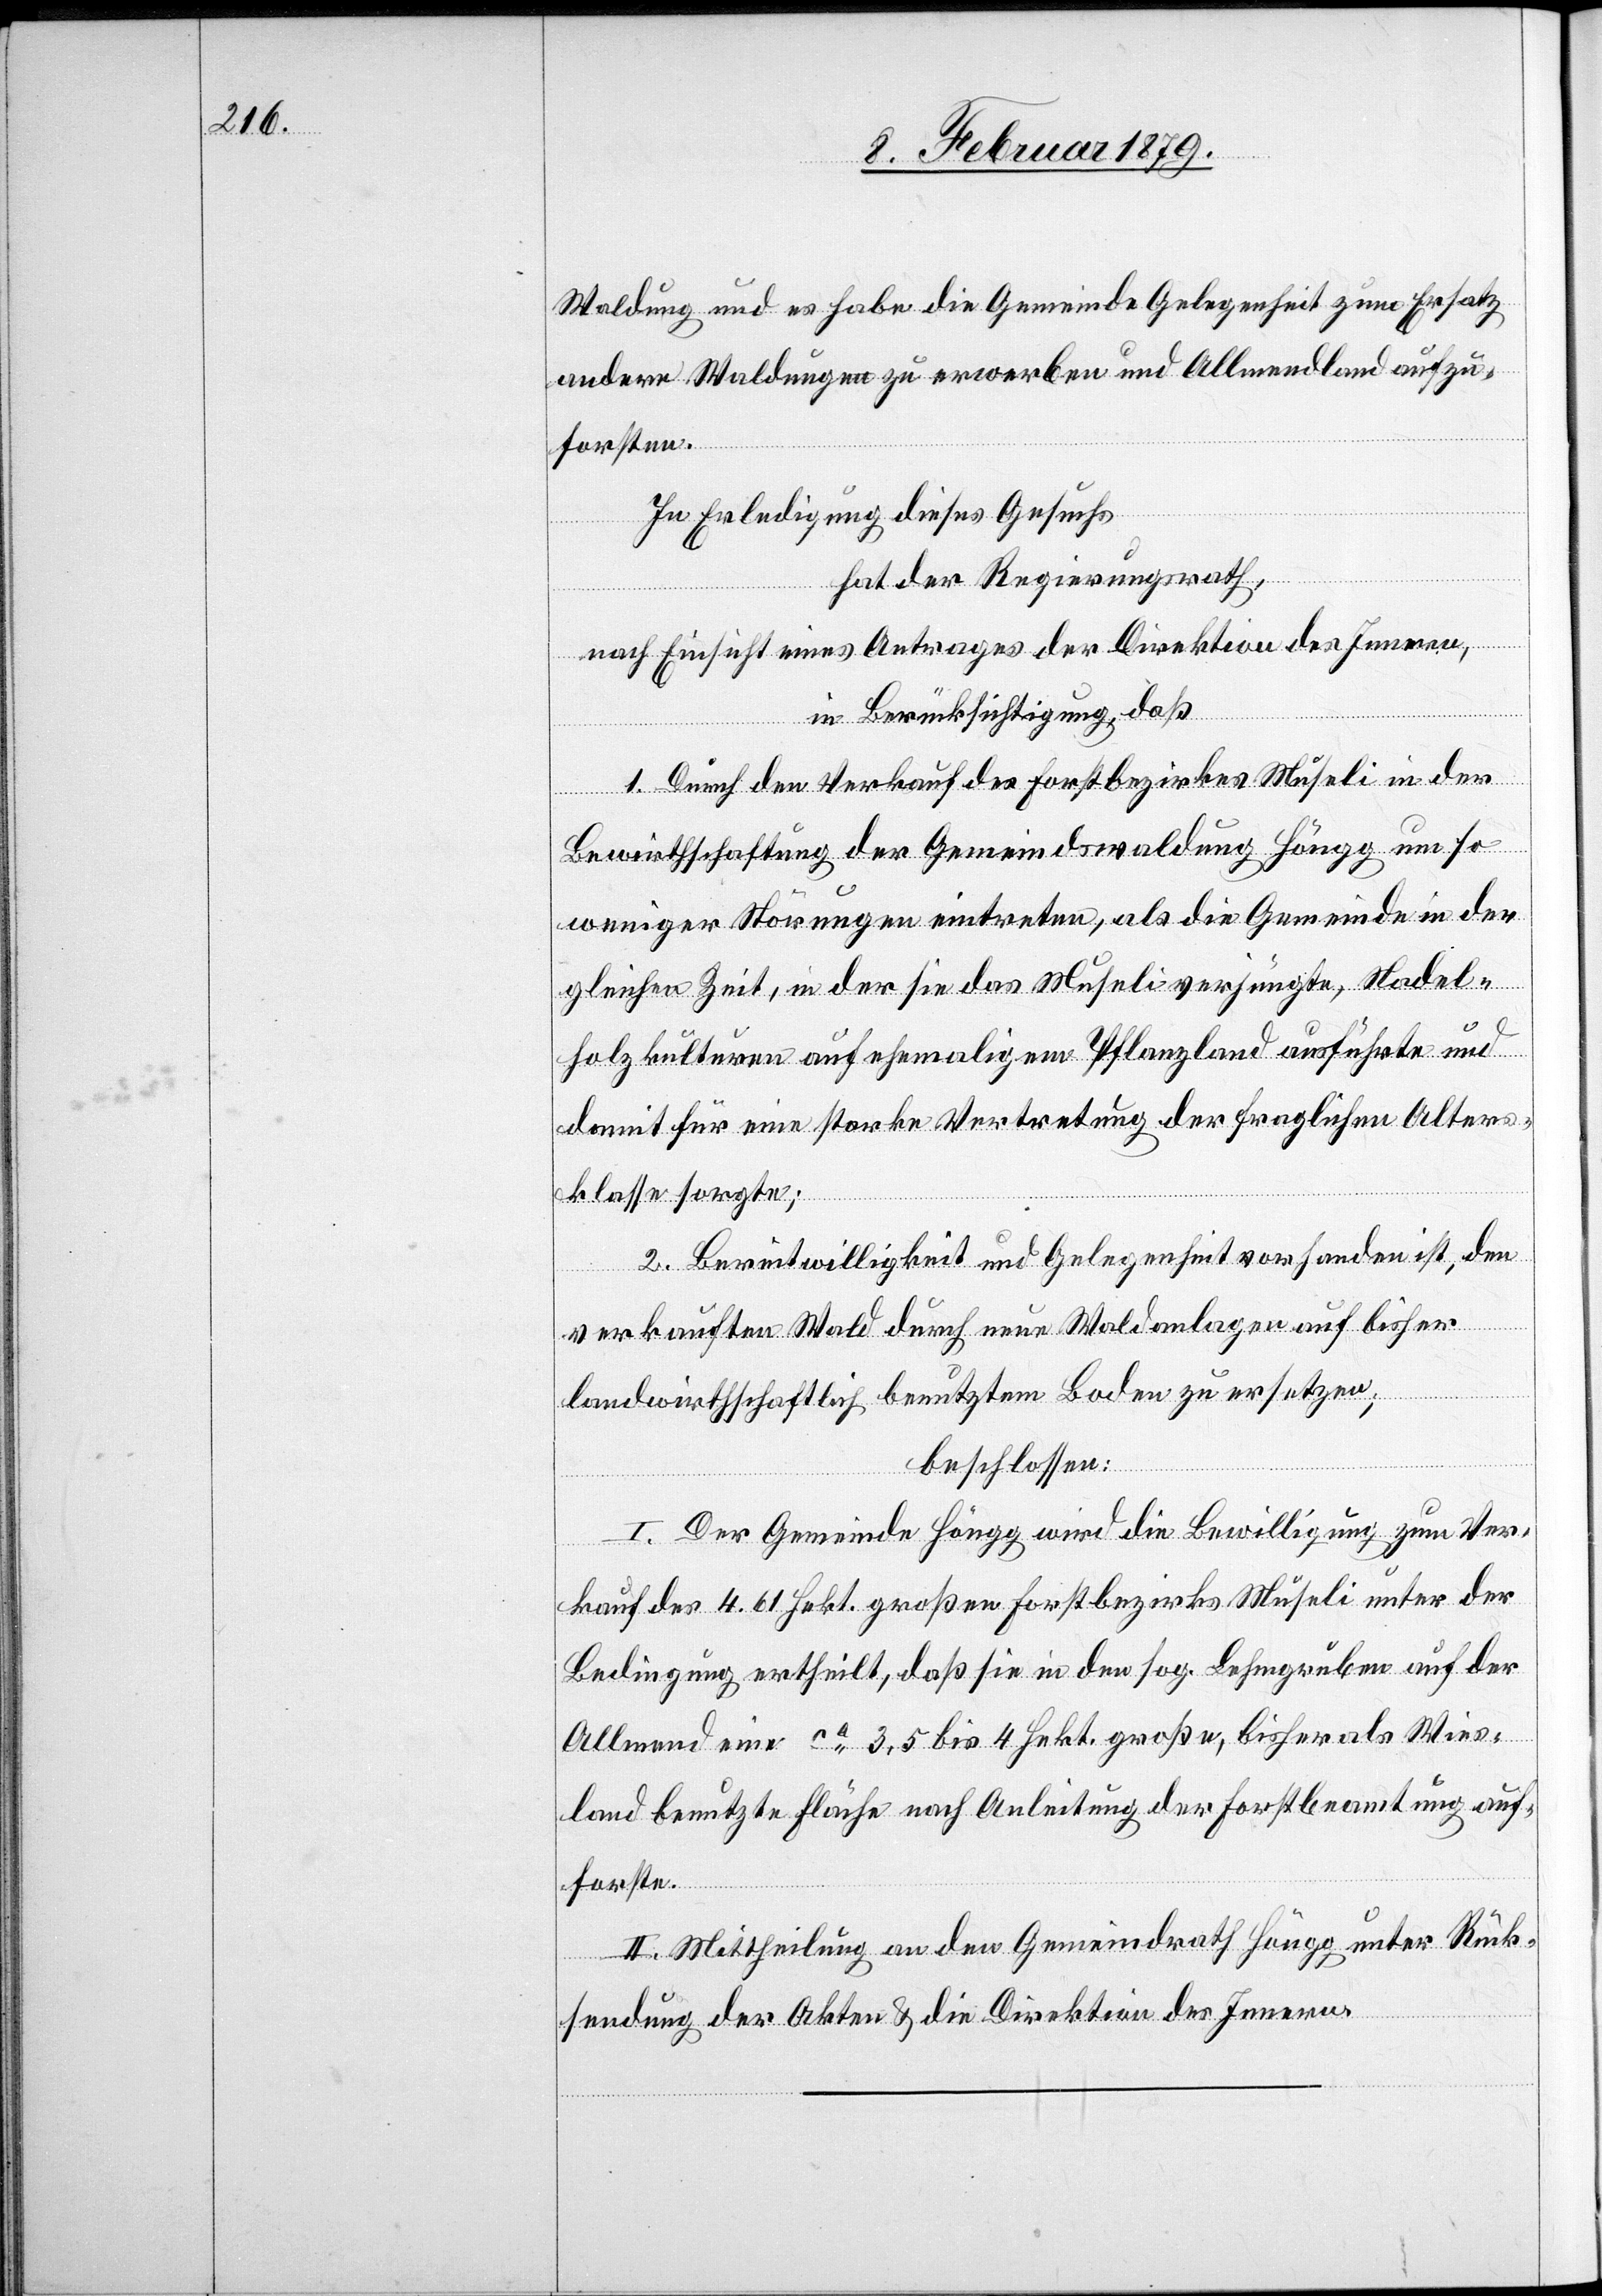
Waldung und es habe die Gemeinde Gelegenheit zum Ersatz
andere Waldungen zu erwerben und Allmendland aufzu¬
forsten.
In Erledigung dieses Gesuches
hat der Regierungsrath,
nach Einsicht eines Antrages der Direktion des Innern,
in Berücksichtigung, daß
1. Durch den Verkauf des Forstbezirkes Müseli in der
Bewirthschaftung der Gemeindswaldung Höngg um so
weniger Störungen eintreten, als die Gemeinde in der
gleichen Zeit, in der sie das Museli [sic!] verjüngte, Nadel¬
holzkulturen auf ehemaligem Pflanzland ausführte und
damit für eine starke Vertretung der fraglichen Alters¬
klasse sorgte;
2. Bereitwilligkeit und Gelegenheit vorhanden ist, den
verkauften Wald durch neue Waldanlagen auf bisher
landwirthschaftlich benutztem Boden zu ersetzen;
beschlossen:
I. Der Gemeinde Höngg wird die Bewilligung zum Ver¬
kauf des 4.61 Hekt. großen Forstbezirks Müseli unter der
Bedingung ertheilt, daß sie in den sog. Lehmgruben auf der
Allmend eine ca 3,5 bis 4 Hekt. große, bisher als Wies¬
land benutzte Fläche nach Anleitung der Forstbeamtung auf¬
forste.
II. Mittheilung an den Gemeindrath Höngg unter Rück¬
sendung der Akten & die Direktion des Innern.